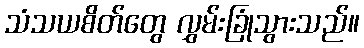
သံသယစိတ်တွေ လွှမ်းခြုံသွားသည်။